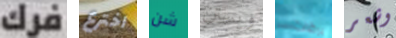
فرك اخترع شن ويستن يرقات وشعر